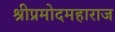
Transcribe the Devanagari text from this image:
श्रीप्रमोदमहाराज